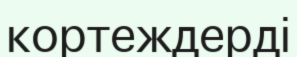
кортеждерді